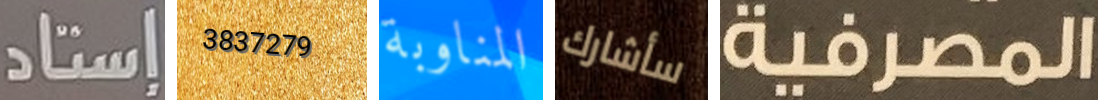
إستاد 3837279 المناوبة سأشارك المصرفية